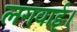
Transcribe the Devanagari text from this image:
लगवाई।